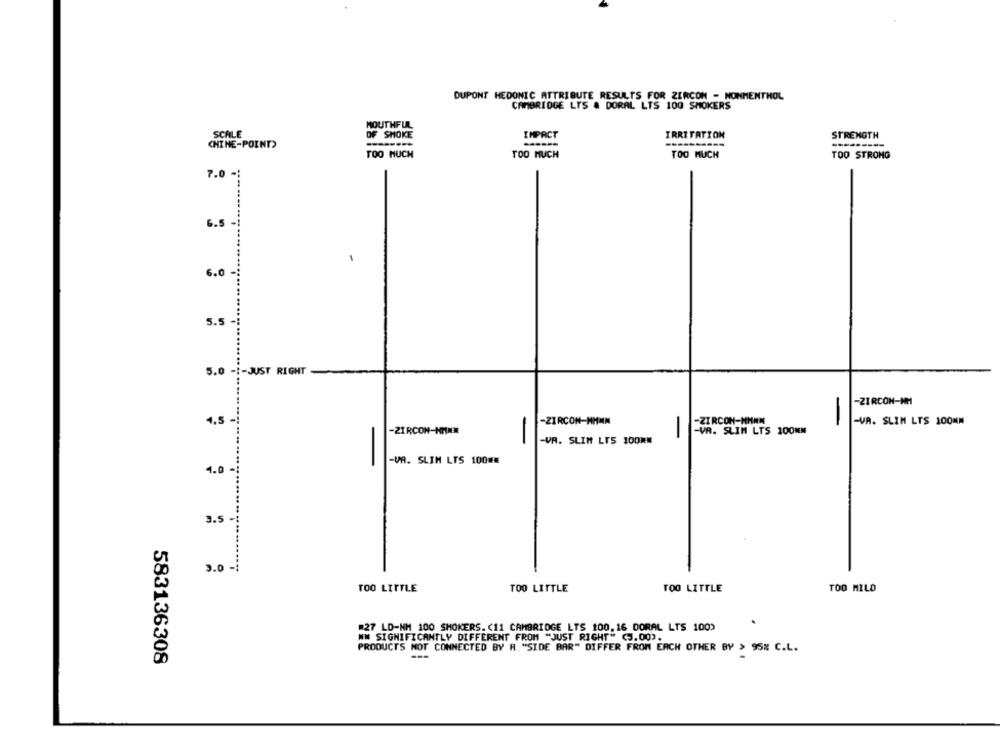
DUPONT HEDONIC ATTRIBUTE RESULTS FOR ZERCON - NONMENTHOL
CAMBRIDGE LTS & DORAL LTS 100 SMOKERS
MOUTHFUL
SCALE
OF SMOKE
IMPACT
IRRITATION
STRENGTH
------
----------
CHINE-POINT)
---------
TOO MUCH
TOO MUCH
TOO MUCH
TOO STRONG
...........
7.0
6.5
6.0
5.5
5.0 -1-JUST RIGHT-
-ZIRCON-HH
-ZIRCON-MHMN
-ZIRCON-MANN
-VA. SLIM LTS 100NM
4.5
-ZIRCON-HMINN
-VA. SLIM LTS 100NM
-
-VA. SLIM LTS 100KM
-
-VA. SLIM LTS 100##
4.0
3.5
3.0 -1
TOO LITTLE
TOO LITTLE
TOO LITTLE
TOO MILO
#27 LD-MM 100 SMOKERS. (11 CAMBRIDGE LTS 100, 16 DORAL LTS 100)
WW SIGNIFICANTLY DIFFERENT FROM "JUST RIGHT" (5.00).
PRODUCTS NOT CONNECTED BY A. "SIDE BAR" DIFFER FROM EACH OTHER BY > 95% C.L.
583136308
---